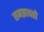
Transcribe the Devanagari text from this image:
समझावतो